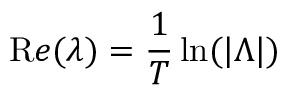
{ \mathrm { R } e } ( \lambda ) = \frac { 1 } { T } \ln ( | \Lambda | )